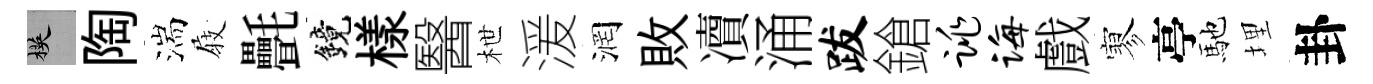
楧陶湍𡲆㲲鏡樣醫枻湲润敗凟涌跋鎗跳诲戲寥亭馳埋卦